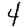
Digit: 4